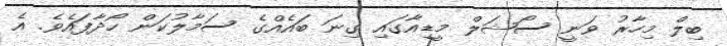
ބިލް މިހާރު ވަނީ ސޯޝަލް މީޑިއާގައި ގިނަ ބައެއްގެ ސަމާލުކަން ހޯދާފައެވެ. އެ